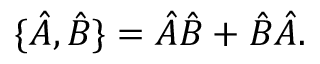
\{ { \hat { A } } , { \hat { B } } \} = { \hat { A } } { \hat { B } } + { \hat { B } } { \hat { A } } .